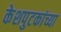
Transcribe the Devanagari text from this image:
केशपुटकांच्या